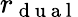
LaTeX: r_{\mathrm{~d~u~a~l~}}